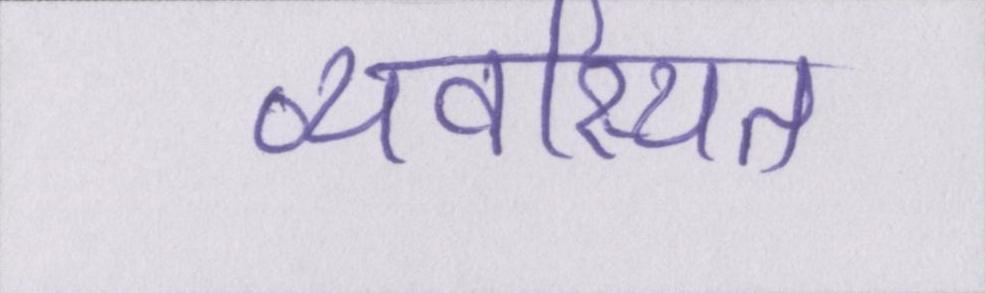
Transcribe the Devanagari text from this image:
व्यवस्थित